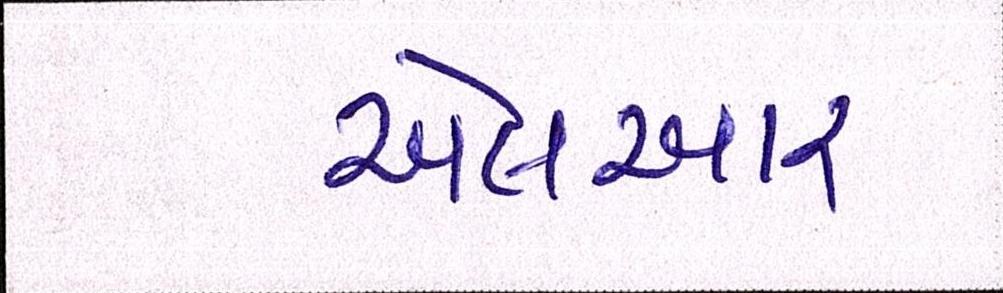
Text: એલઆર